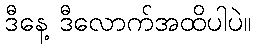
ဒီနေ့ ဒီလောက်အထိပါပဲ။